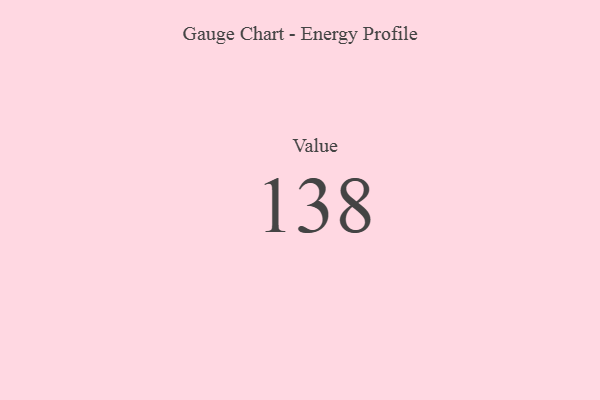
{"axis": {"x": "Metric", "y": "Value"}, "legend": [""], "data": [{"x": "Value", "y": 138, "type": ""}]}